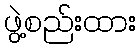
ဖွဲ့စည်းထား